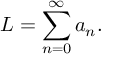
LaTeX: L = \sum _ { n = 0 } ^ { \infty } a _ { n } .